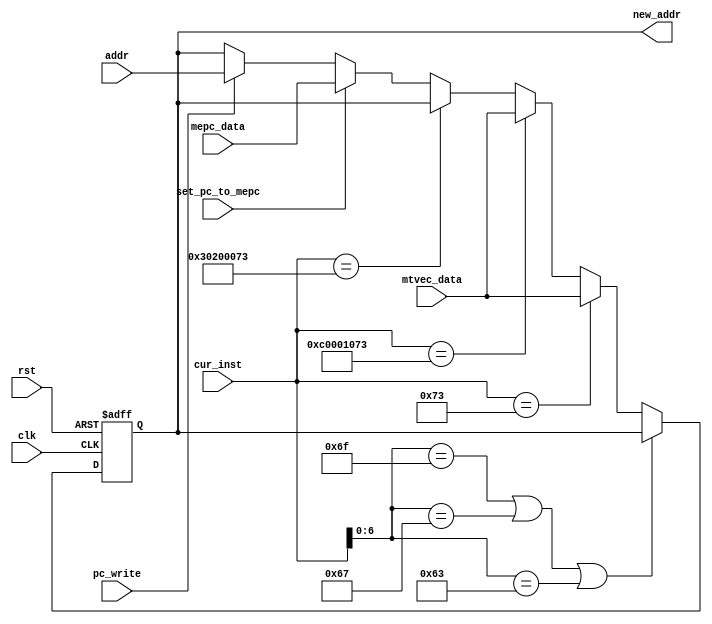
module PC(
    input clk,
    input rst,
    input [31:0] addr,
    input [31:0] cur_inst,
    input [31:0] mtvec_data,
    input [31:0] mepc_data,
    input pc_write,
    input set_pc_to_mepc,
    output [31:0] new_addr
);

// PC  btype  jtype 
//  ecall  pc  mtvec_data ()
//  mem  if  nop  btype  jtype 
//  pc_write  nop pc_write  1, pc  4

    reg [31:0] addr_reg = 0;
    
    always @(posedge clk or posedge rst) begin
        if (rst) begin
            addr_reg <= 0;
        end else begin
            if(cur_inst[6:0] == 7'b1101111 || cur_inst[6:0] == 7'b1100111 || cur_inst[6:0] == 7'b1100011) begin
                addr_reg <= addr_reg;
            end else if(cur_inst == 32'h73) begin // ecall
                addr_reg <= mtvec_data;
            end else if(cur_inst == 32'hc0001073) begin // unimp
                addr_reg <= mtvec_data;
            end else if(cur_inst == 32'h30200073) begin // mret
                addr_reg <= addr_reg; //  mret pc 
            end else if (set_pc_to_mepc) begin //  set_pc_to_mepc pc  mepc
                addr_reg <= mepc_data;
            end  else if (pc_write) begin
                addr_reg <= addr;
            end else begin
                addr_reg <= addr_reg;
            end
        end
    end
    
    assign new_addr = addr_reg;

endmodule